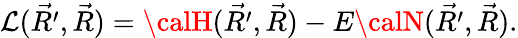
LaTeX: {\cal\mathcal{L}}(\vec{{R^{\prime}}},\vec{{R}})={\calH}(\vec{{R^{\prime}}},\vec{{R}})-E{\calN}(\vec{{R^{\prime}}},\vec{{R}}).